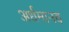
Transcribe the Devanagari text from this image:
अर्धमानव